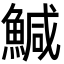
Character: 鰔